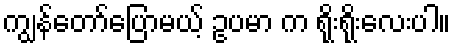
ကျွန်တော်ပြောမယ့် ဥပမာ က ရိုးရိုးလေးပါ။